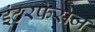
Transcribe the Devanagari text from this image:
इंटरफेसेज